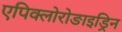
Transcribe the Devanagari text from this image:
एपिक्लोरोङाइड्रिन